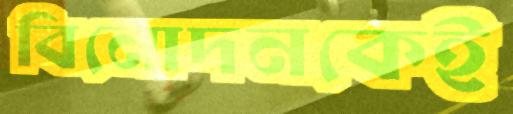
বিনোদনকেই